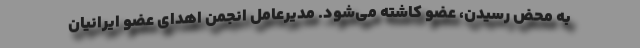
به محض رسیدن، عضو کاشته می‌شود. مدیرعامل انجمن اهدای عضو ایرانیان